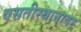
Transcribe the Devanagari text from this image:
वसतीस्थानावर